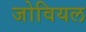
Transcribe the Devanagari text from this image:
जोवियल